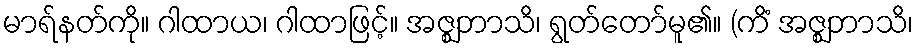
မာရ်နတ်ကို။ ဂါထာယ၊ ဂါထာဖြင့်။ အဇ္ဈဘာသိ၊ ရွတ်တော်မူ၏။ (ကိံ အဇ္ဈဘာသိ၊